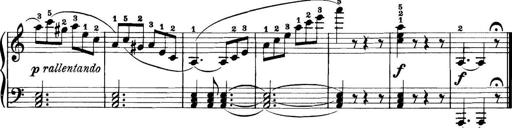
Title: 11 Sonatinas
Composer: Anton Diabelli